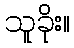
သူခိုး။